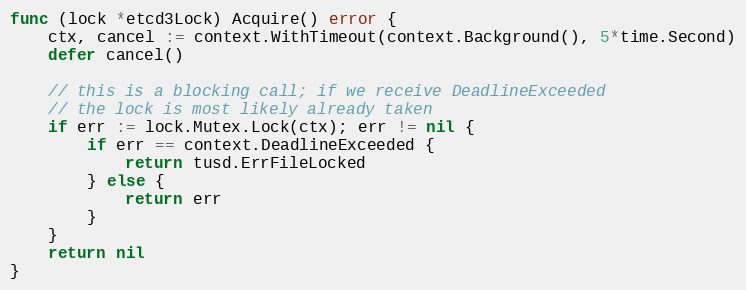
Language: Go
func (lock *etcd3Lock) Acquire() error {
	ctx, cancel := context.WithTimeout(context.Background(), 5*time.Second)
	defer cancel()

	// this is a blocking call; if we receive DeadlineExceeded
	// the lock is most likely already taken
	if err := lock.Mutex.Lock(ctx); err != nil {
		if err == context.DeadlineExceeded {
			return tusd.ErrFileLocked
		} else {
			return err
		}
	}
	return nil
}